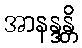
အာနန္ဒန္တိ